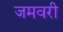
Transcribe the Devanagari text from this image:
जमवरी